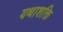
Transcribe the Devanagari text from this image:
यथाशक्ति